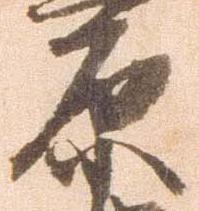
原